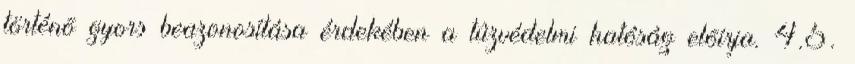
történõ gyors beazonosítása érdekében a tûzvédelmi hatóság elõírja. 4.5.